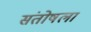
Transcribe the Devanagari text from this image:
संतोषला